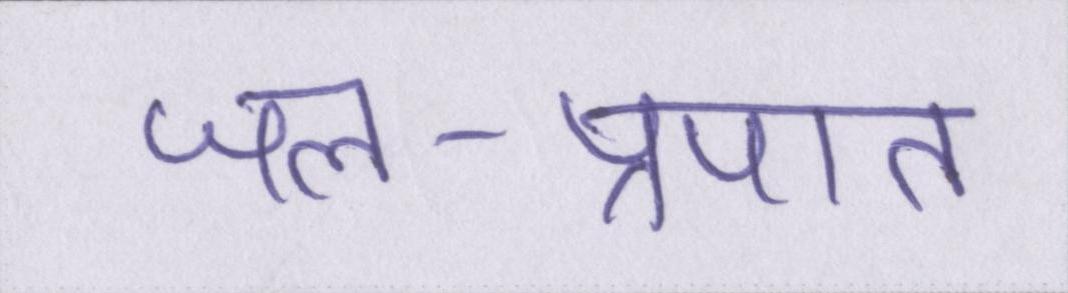
जल-प्रपात